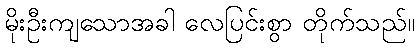
မိုးဦးကျသောအခါ လေပြင်းစွာ တိုက်သည်။